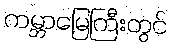
ကမ္ဘာမြေကြီးတွင်